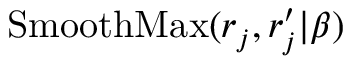
\operatorname { S m o o t h M a x } ( { r _ { j } , r _ { j } ^ { \prime } } | \beta )